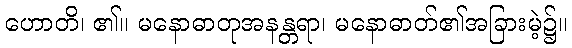
ဟောတိ၊ ၏။ မနောဓာတုအနန္တရာ၊ မနောဓာတ်၏အခြားမဲ့၌။